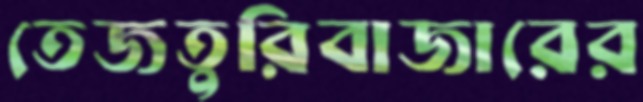
তেজতুরিবাজারের